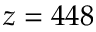
z = 4 4 8